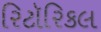
રિટૉરિકલ